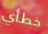
خطأي